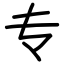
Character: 专